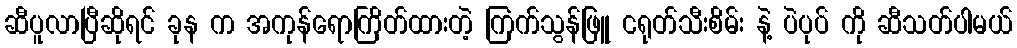
ဆီပူလာပြီဆိုရင် ခုန က အကုန်ရောကြိတ်ထားတဲ့ ကြက်သွန်ဖြူ ငရုတ်သီးစိမ်း နဲ့ ပဲပုပ် ကို ဆီသတ်ပါမယ်